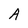
Character: A